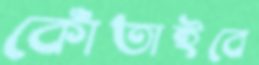
কোঁতাইবে